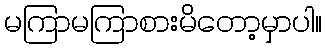
မကြာမကြာစားမိတော့မှာပါ။